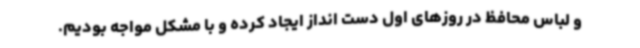
و لباس محافظ در روزهای اول دست انداز ایجاد کرده و با مشکل مواجه بودیم.